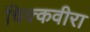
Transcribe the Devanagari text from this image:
चिक्कवीरा